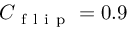
C _ { \mathrm { ~ f ~ l ~ i ~ p ~ } } = 0 . 9